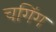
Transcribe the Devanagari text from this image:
चगिंग